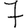
Digit: 7